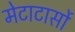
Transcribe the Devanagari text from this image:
मेटाटार्सो